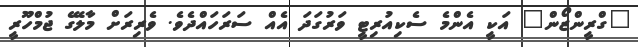
"ގްރީންޒޯން" އަކީ އެންމެ ސެކިއުރިޓީ ވަރުގަދަ އެއް ސަރަހައްދެވެ. ވެރިރަށް މާލޭގެ ޖުމްހޫރީ